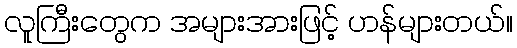
လူကြီးတွေက အများအားဖြင့် ဟန်များတယ်။